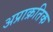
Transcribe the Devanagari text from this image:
अप्राक्रतिक